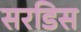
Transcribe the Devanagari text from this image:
सरडिस